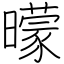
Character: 曚